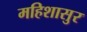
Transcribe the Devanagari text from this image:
महिशासुर